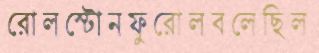
রোলস্টোনফুরোলবলেছিল